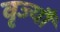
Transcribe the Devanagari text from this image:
वृज्यौ